system: You are a helpful assistant.
user:
Analyze the provided spectrum to determine if it is a **"Cataclysmic Variables (CV)"**.

- **Key Indicators for CV (Check for either state):**
    - **State 1: Quiescent / Low-State (Emission-Dominated)**
        - **(Primary):** Strong and *very broad* Hydrogen Balmer emission lines (e.g., $H\alpha$ at 6563 Å, $H\beta$ at 4861 Å). The 'broadness' (high velocity dispersion, often FWHM > 1000 km/s) is the key diagnostic, indicating a high-velocity accretion disk.
        - **(Secondary):** Broad neutral Helium (He I) emission lines (e.g., 5876 Å, 6678 Å).
        - **(Key Confirmation):** Presence of high-excitation *ionized* Helium (He II) emission at 4686 Å. This is a strong indicator of accretion onto a white dwarf.
        - **(Line Profile):** Emission lines may exhibit a 'double-peaked' profile, which is a classic signature of a rotating accretion disk viewed at high inclination.

    - **State 2: Outburst / High-State (Absorption-Dominated)**
        - **(Primary):** Spectrum is dominated by a bright, blue continuum (looks like a hot star).
        - **(Secondary):** The emission lines from State 1 are weak, absent, or 'filled in', and are replaced by broad, shallow *absorption* lines (primarily Balmer and He I).
        - **(Morphology):** The overall spectrum mimics a hot B/A-type star. The crucial difference is that the absorption lines are significantly broader, shallower, and more 'washed-out' (or 'smeared') than the sharp lines of a normal stellar photosphere, due to high rotational speeds and pressure broadening in the disk.

Think first, call **spectral_visualization_tool** if needed to examine features in detail, then provide your final answer. Your response must adhere to the following strict rules:
1.  **Overall Structure:** Your response must follow the format `<think>...</think> <tool_call>...</tool_call> (if a tool is used) <answer>...</answer>`.
2.  **Tool Usage Constraint:** You may only make **one** tool call per turn.
3.  **Final Answer Format:** In the `<answer>` tag, your conclusion must be inside a `\boxed{}` command (e.g., `\boxed{YES}`), followed by your justification.

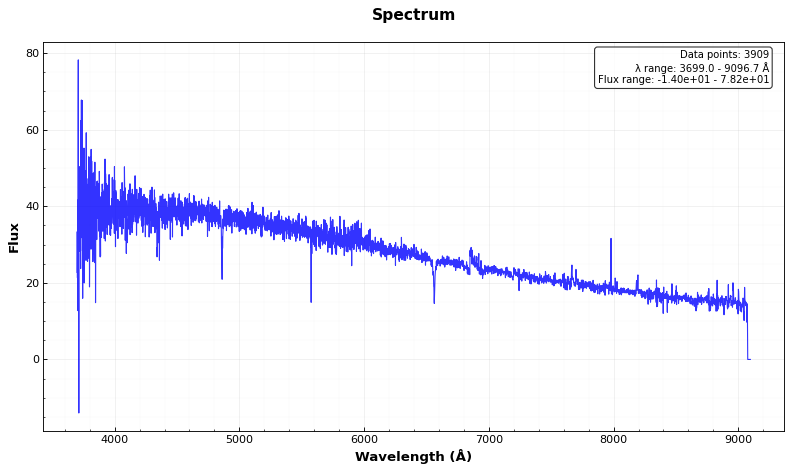
Answer: NO